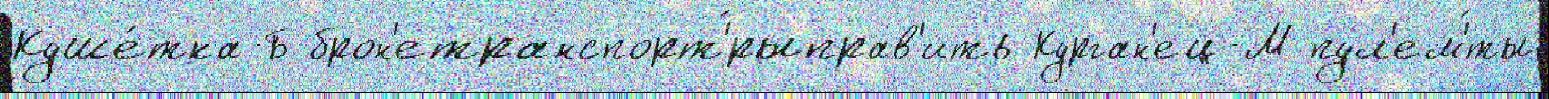
Куше́тка-Б брон'етранспорт'́рыправ'ить Курган'ец-М пул'ем'́ты